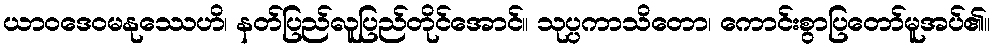
ယာဝဒေဝမနုဿေဟိ၊ နတ်ပြည်လူပြည်တိုင်အောင်။ သုပ္ပကာသိတော၊ ကောင်းစွာပြတော်မူအပ်၏။